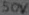
Text: 50V